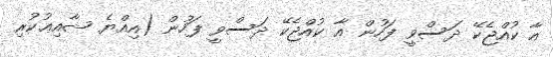
އާ ކުއްޖެކޭ ދަސްވީ ފަހުން އާ ކުއްޖެކޭ ދަސްވީ ފަހުން (އިއްޔެ ޝާއިޢުކުރި